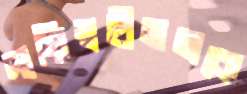
দায়িত্বহীনতাকে